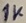
Text: 1K